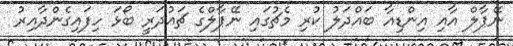
ނޭޕާލް އާއި އިންޑިއާ ބައްދަލު ކުރި މެޗުގައި ނޭޕާލްގެ ޗައުދަރީ ބޯޅަ ހިފައިގެންދާއިރު